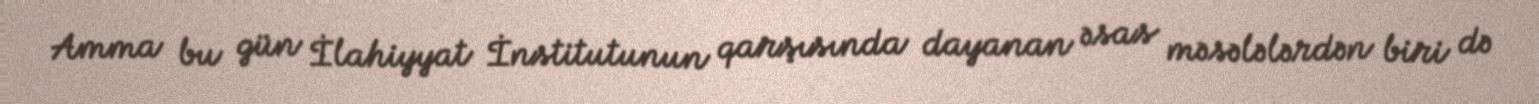
Amma bu gün İlahiyyat İnstitutunun qarşısında dayanan əsas məsələlərdən biri də